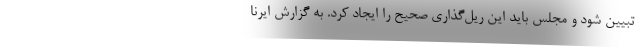
تبیین شود و مجلس باید این ریل‌گذاری صحیح را ایجاد کرد. به گزارش ایرنا